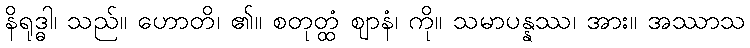
နိရုဒ္ဓါ၊ သည်။ ဟောတိ၊ ၏။ စတုတ္ထံ ဈာနံ၊ ကို။ သမာပန္နဿ၊ အား။ အဿာသ